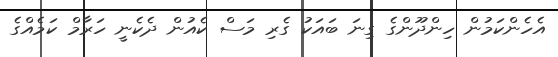
އެހެންކަމުން ހިންދޫންގެ ގިނަ ބައަކު ގެރި މަސް ކެއުން ދެކެނީ ހަރާމް ކަމެއްގެ